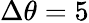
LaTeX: \Delta\theta=5